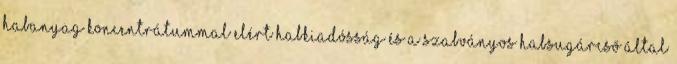
habanyag koncentrátummal elért habkiadósság és a szabványos habsugárcsõ által